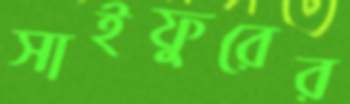
সাইফুরের